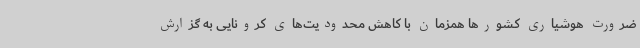
ضرورت هوشیاری کشورها همزمان با کاهش محدودیت‌های کرونایی به گزارش